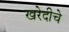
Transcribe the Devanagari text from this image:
खरेदीचे